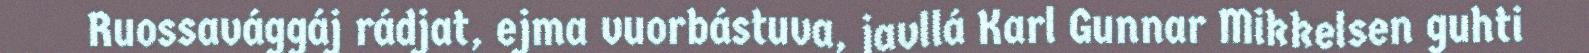
Ruossavággáj rádjat, ejma vuorbástuva, javllá Karl Gunnar Mikkelsen guhti